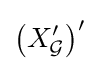
\left(X'_{\mathcal {G}}\right)'